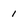
Character: 1